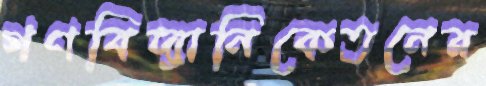
গণবিদ্যানিকেতনের